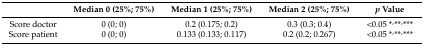
<table><thead><tr><td></td><td><b>Median 0 (25%; 75%)</b></td><td><b>Median 1 (25%; 75%)</b></td><td><b>Median 2 (25%; 75%)</b></td><td><b><i>p</i> Value</b></td></tr></thead><tbody><tr><td>Score doctor</td><td>0 (0; 0)</td><td>0.2 (0.175; 0.2)</td><td>0.3 (0.3; 0.4)</td><td>&lt;0.05 *<sup>,</sup>**<sup>,</sup>***</td></tr><tr><td>Score patient</td><td>0 (0; 0)</td><td>0.133 (0.133; 0.117)</td><td>0.2 (0.2; 0.267)</td><td>&lt;0.05 *<sup>,</sup>**<sup>,</sup>***</td></tr></tbody></table>